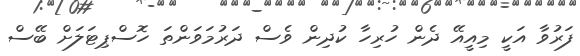
ފަރުވާ އަކީ މިއީއޭ ދެން ހުރިހާ ކުދިން ވެސް ދަރުމަވަންތަ ހޮސްޕިޓަލަށް ބޭސް